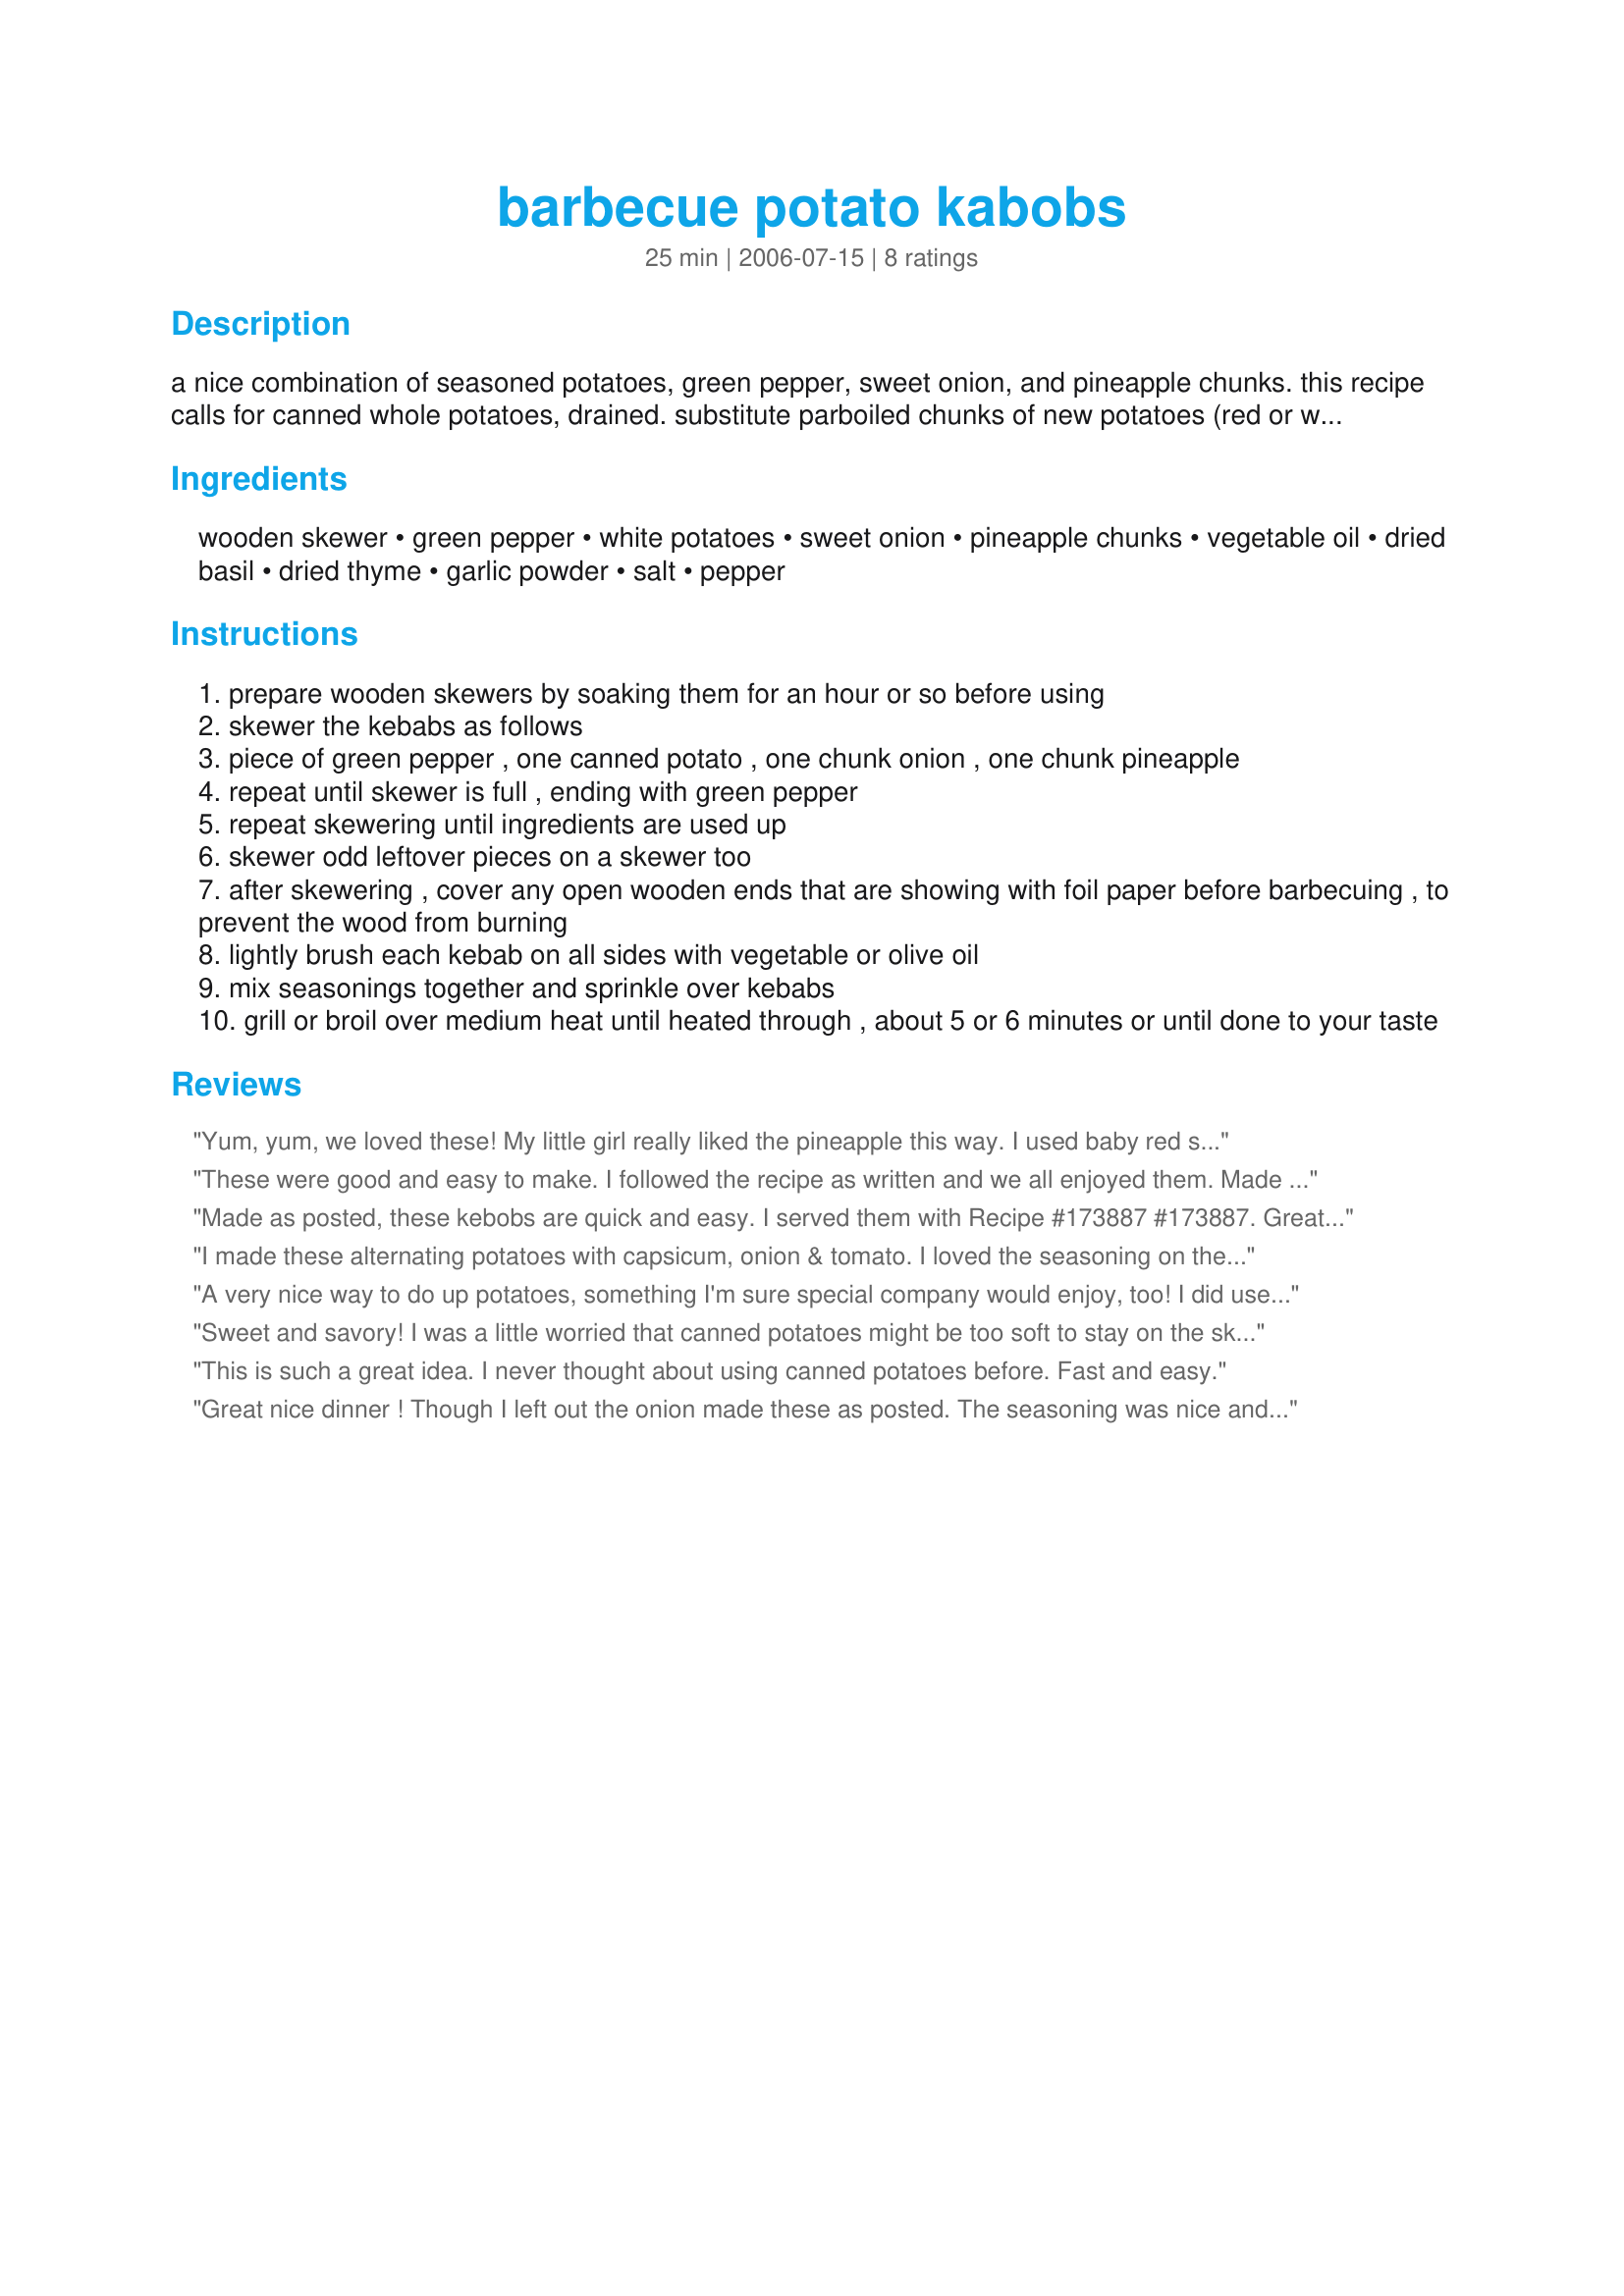
barbecue potato kabobs
Preparation time: 25 minutes

a nice combination of seasoned potatoes, green pepper, sweet onion, and pineapple chunks. this recipe calls for canned whole potatoes, drained. substitute parboiled chunks of new potatoes (red or white with skins on) until barely tender, if you like. fresh pineapple chunks would be great if available. adjust seasonings to taste. you can mix up a batch of the seasoning mix and keep it on hand in an empty spice shaker bottle. cook the kebabs on the barbecue in the summer or broil them in the oven in the cooler weather.

Ingredients:
wooden skewer, green pepper, white potatoes, sweet onion, pineapple chunks, vegetable oil, dried basil, dried thyme, garlic powder, salt, pepper

Steps:
prepare wooden skewers by soaking them for an hour or so before using
skewer the kebabs as follows
piece of green pepper , one canned potato , one chunk onion , one chunk pineapple
repeat until skewer is full , ending with green pepper
repeat skewering until ingredients are used up
skewer odd leftover pieces on a skewer too
after skewering , cover any open wooden ends that are showing with foil paper before barbecuing , to prevent the wood from burning
lightly brush each kebab on all sides with vegetable or olive oil
mix seasonings together and sprinkle over kebabs
grill or broil over medium heat until heated through , about 5 or 6 minutes or until done to your taste

Reviews:
Yum, yum, we loved these! My little girl really liked the pineapple this way. I used baby red skinned potatoes and cut them in half. They were a little bit hard to get on the skewer. I'm sure that the canned potatoes would have been easier but I just love those baby reds! The skewers looked really colorful and pretty at the table, too. Thanks for the great tip you gave about using the tin foil on the ends of the skewers. It worked like a charm. The ends still got black but they didn't get all burnt up like they usually do. Thanks foodtvfan! I will be keeping this one for frequent use.
These were good and easy to make. I followed the recipe as written and we all enjoyed them. Made them for our picnic today.
Made as posted, these kebobs are quick and easy. I served them with Recipe #173887 #173887. Great combination! I'll be making them again next time I grill pork chops. This is a keeper. Made for Review My Recipe Tag. Thanks for sharing Burnice.
I made these alternating potatoes with capsicum, onion & tomato.
I loved the seasoning on these but found that the capsicum & onion didn't cook as quickly as the potatoes & tomato. Next time I make these I'm going to make them with just the potatoes & seasoning. Great idea, thankyou!
A very nice way to do up potatoes, something I'm sure special company would enjoy, too! I did use smaller, whole new potatoes, both red & white (definitely with the skins on!), & the kabobs looked soooo nice! I did leave off the salt & pepper but did use some lemon pepper along with the other seasonings! Absolutely wonderful in the taste department! Thanks for sharing the recipe! [Tagged & made in Please Review My Recipe]
Sweet and savory! I was a little worried that canned potatoes might be too soft to stay on the skewers, but I kept true to the recipe and it worked out just fine. We enjoyed the uniqueness of sweet pineapple with savory potatoes and the spices were just right (I used fresh thyme). Thanks for sharing the recipe. :)
This is such a great idea. I never thought about using canned potatoes before. Fast and easy.
Great nice dinner ! Though I left out the onion made these as posted. The seasoning was nice and flavorful. Went well with some sirloin steaks. Good idea this recipe was. Will make again. Made for PRMR tag.
